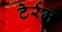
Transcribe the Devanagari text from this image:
टेर्रम